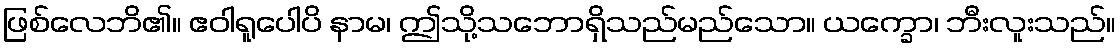
ဖြစ်လေဘိ၏။ ဧဝါရူပေါပိ နာမ၊ ဤသို့သဘောရှိသည်မည်သော။ ယက္ခော၊ ဘီးလူးသည်။